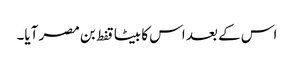
اس کے بعد اس کا بیٹا قفط بن مصر آیا۔